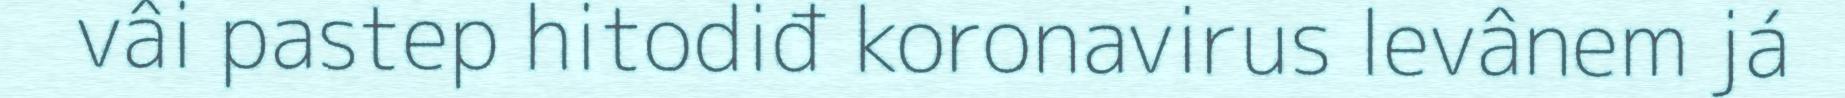
vâi pastep hitodiđ koronavirus levânem já